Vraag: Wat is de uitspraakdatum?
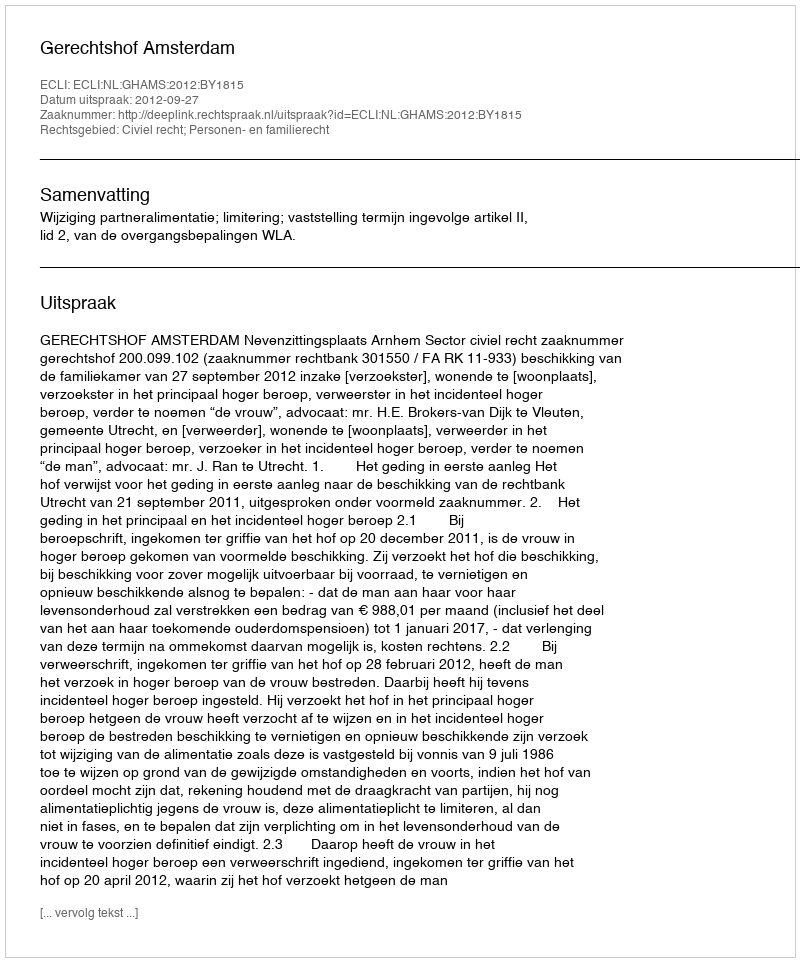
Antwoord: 2012-09-27